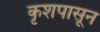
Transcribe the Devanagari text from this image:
कृशपासून